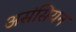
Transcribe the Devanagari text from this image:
असंसियन